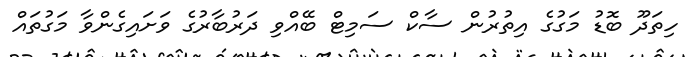
ހިތަދޫ ބޮޑު މަގުގެ އިތުރުން ސާކް ސަމިޓް ބޭއްވި ދަރުބާރުގެ ވަށައިގެންވާ މަގުތައް